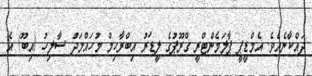
ދައްކާނެއެވެ. އެމްޑީޕީ ޕާލަމެންޓްރީ ގްރޫޕުގެ ލީޑަރު އިބްރާހިމް މުހައްމަދު ސާލިހު (އިބޫ) އެ